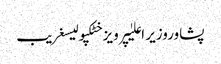
پشاوروزیر اعلیٰپرویز خٹکپولیسغریب